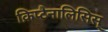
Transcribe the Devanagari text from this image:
क्रिप्टैनालिसिस्